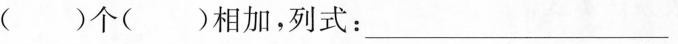
( )个( )相加，列式：___